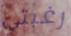
رغبتي